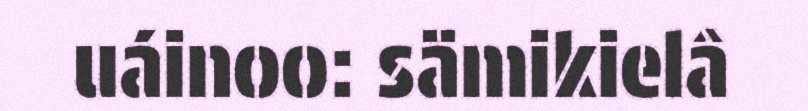
uáinoo: sämikielâ